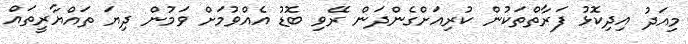
މިއަދު އިދިކޮޅު ފަރާތްތަކުން ކުރިއަށްގެންދަން ރޭވި ބޮޑު އެއްވުމަށް ވަމުން ދިޔަ ތައްޔާރީތައް